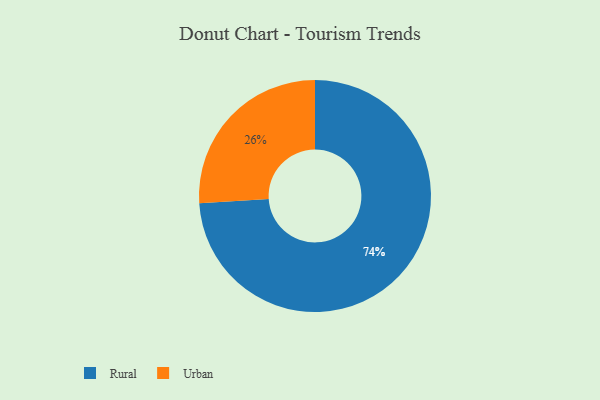
{"axis": {"x": "Category", "y": "Percentage"}, "legend": ["Rural", "Urban"], "data": [{"x": "Rural", "y": 74, "type": "Rural"}, {"x": "Urban", "y": 26, "type": "Urban"}]}